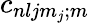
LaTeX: c_{nljm_{j};m}